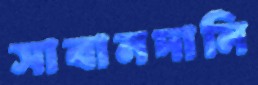
সাবানদানি